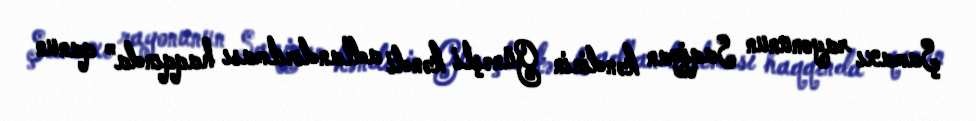
Şamaxı rayonunun Saqiyan kəndinin Günəşli kəndi adlandırılması haqqında” qanun